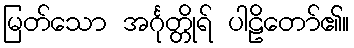
မြတ်သော အင်္ဂုတ္တိုရ် ပါဠိတော်၏။